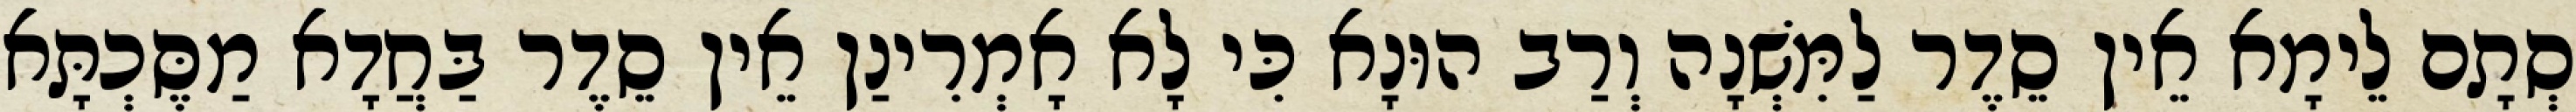
סְתָם לֵימָא אֵין סֵדֶר לַמִּשְׁנָה וְרַב הוּנָא כִּי לָא אָמְרִינַן אֵין סֵדֶר בַּחֲדָא מַסֶּכְתָּא